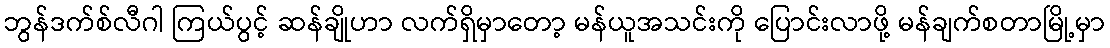
ဘွန်ဒက်စ်လီဂါ ကြယ်ပွင့် ဆန်ချိုဟာ လက်ရှိမှာတော့ မန်ယူအသင်းကို ပြောင်းလာဖို့ မန်ချက်စတာမြို့မှာ